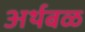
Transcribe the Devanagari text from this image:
अर्थबळ